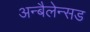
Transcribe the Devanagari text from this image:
अन्बैलेन्सड